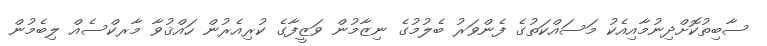
ސާބިތުކޮށްދިނުމާއިއެކު މަސައްކަތުގެ ފެންވަރު ބެލުމުގެ ނިޒާމުން ވަޒީފާގެ ކުރިއެރުން ހައްޤުވާ މާރކްސެއް ލިބެމުން